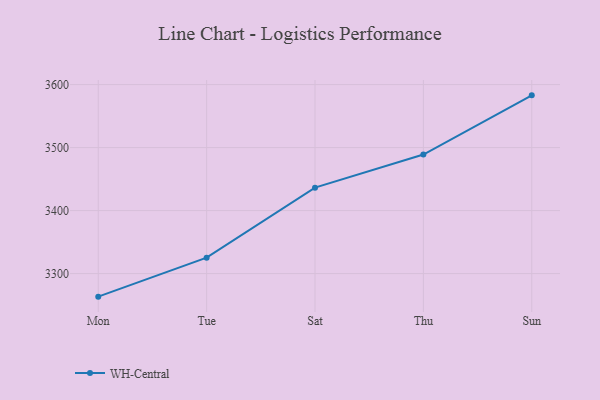
{"axis": {"x": "Day", "y": "Website Visitors"}, "legend": ["WH-Central"], "data": [{"x": "Mon", "y": 3263.4, "type": "WH-Central"}, {"x": "Tue", "y": 3325.3, "type": "WH-Central"}, {"x": "Sat", "y": 3436.4, "type": "WH-Central"}, {"x": "Thu", "y": 3488.9, "type": "WH-Central"}, {"x": "Sun", "y": 3582.9, "type": "WH-Central"}]}